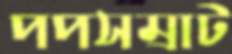
পপসম্রাট